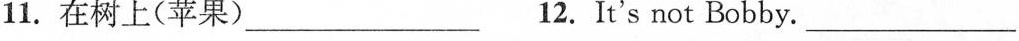
11. 在树上(苹果)___ 12. It's not Bobby. ___